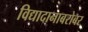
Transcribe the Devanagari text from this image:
विद्यादानाबरोबर